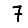
Digit: 7